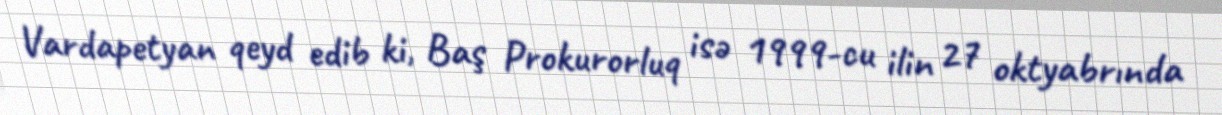
Vardapetyan qeyd edib ki, Baş Prokurorluq isə 1999-cu ilin 27 oktyabrında